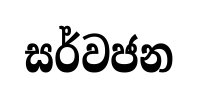
සර්වජන